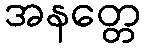
အနတ္တေ